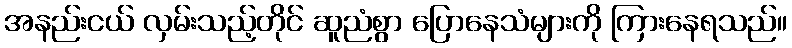
အနည်းငယ် လှမ်းသည့်တိုင် ဆူညံစွာ ပြောနေသံများကို ကြားနေရသည်။